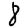
Digit: 8